Civil Veterinary Dept. North-West Frontier Province 1933-46 - 1933-1946
Year: 1933
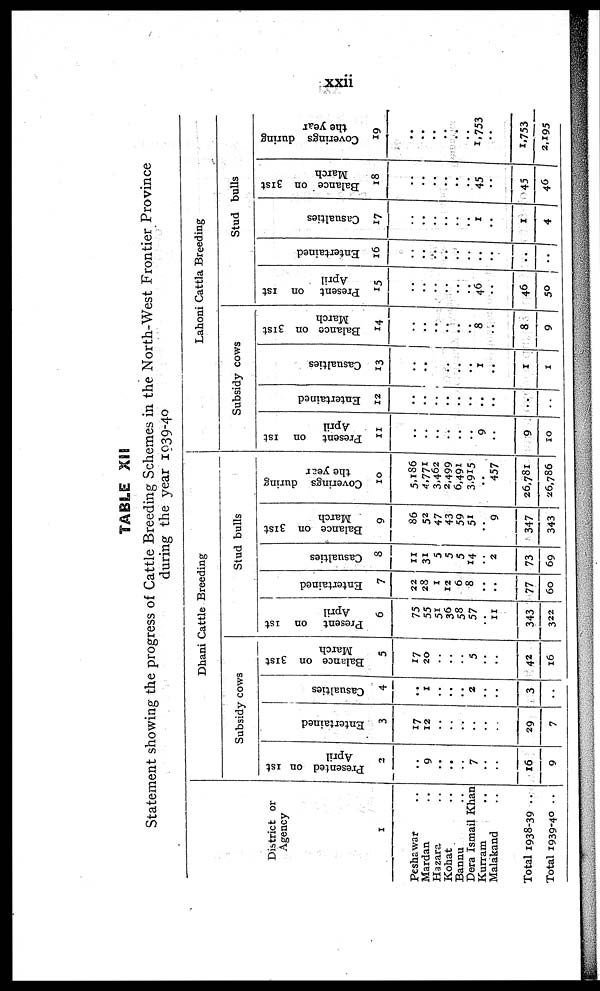
xxii
TABLE XII
Statement showing the progress of Cattle Breeding Schemes in the North-West Frontier Province
during the year 1939-40
District or
Agency
1
Peshawar ..
Mardan ..
Hazara ..
Kohat ..
Bannu ..
Dera Ismail Khan
Kurram ..
Malakand ..
Total 1938-39 ..
Total 1939-40 ..
Dhani Cattle Breeding
Subsidy cows
Presented on 1st
April
2
..
9
..
..
..
7
..
..
16
9
Entertained
3
17
12
..
..
..
..
..
..
29
7
Casualties
4
..
1
..
..
..
2
..
..
3
..
Balance on 31st
March
5
17
20
..
..
..
5
..
..
42
16
Stud bulls
Present
on 1st
April
6
75
55
51
36
58
57
11
343
322
Entertained
7
22
28
1
12
6
8
..
..
77
60
Casualties
8
11
31
5
5
5
14
..
2
73
69
Balance on 31st
March
9
86
52
47
43
59
51
..
9
347
343
Coverings during
the year
10
5,186
4,771
3,462
2,499
6,491
3,915
..
457
26,781
26,786
Lahoni Cattla Breeding
Subsidy cows
Present
on 1st
April
11
..
..
..
..
..
..
9
..
9
10
Entertained
12
..
..
..
..
..
..
..
..
..
..
Casualties
13
..
..
..
..
..
..
1
..
1
1
Balance on 31st
March
14
..
..
..
..
..
..
8
..
8
9
Stud bulls
Present on 1st
April
15
..
..
..
..
..
..
46
..
46
50
Entertained
16
..
..
..
..
..
..
..
..
..
..
Casualties
17
..
..
..
..
..
..
1
..
1
4
Balance on 31st
March
18
..
..
..
..
..
..
45
..
45
46
Coverings during
the year
19
..
..
..
..
..
..
1,753
..
1,753
2,195